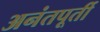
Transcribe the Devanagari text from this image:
अनंतपूर्ती